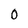
Character: 0